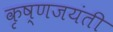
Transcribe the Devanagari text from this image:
कृष्णजयंती